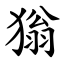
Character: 㺋